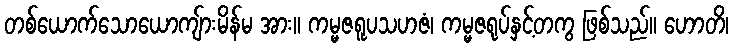
တစ်ယောက်သောယောကျ်ားမိန်မ အား။ ကမ္မဇရူပသဟဇံ၊ ကမ္မဇရုပ်နှင့်တကွ ဖြစ်သည်။ ဟောတိ၊